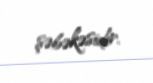
şəbəkəsidir.